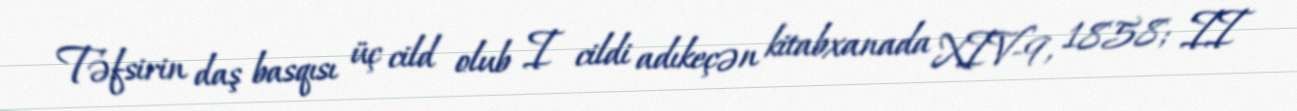
Təfsirin daş basqısı üç cild olub I cildi adıkeçən kitabxanada XIV-9, 1858; II